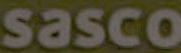
sasco